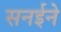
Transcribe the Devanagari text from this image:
सनईने